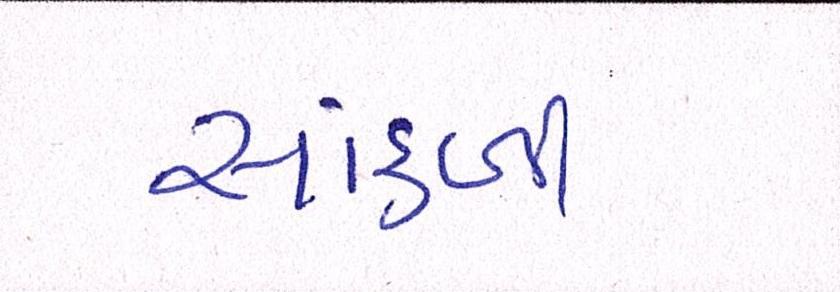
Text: સાંકળી